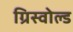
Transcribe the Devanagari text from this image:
ग्रिस्वोल्ड